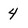
Character: 4